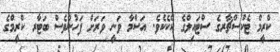
ކްރީމް ޓެކްސްޗާރގެ ސްޓައިލްގެ ކޭކެކެވެ. އަސްމާ ވަނީ ވަރަށް ފަހުންވެސް ބަޓާރ ކްރީމްގެ